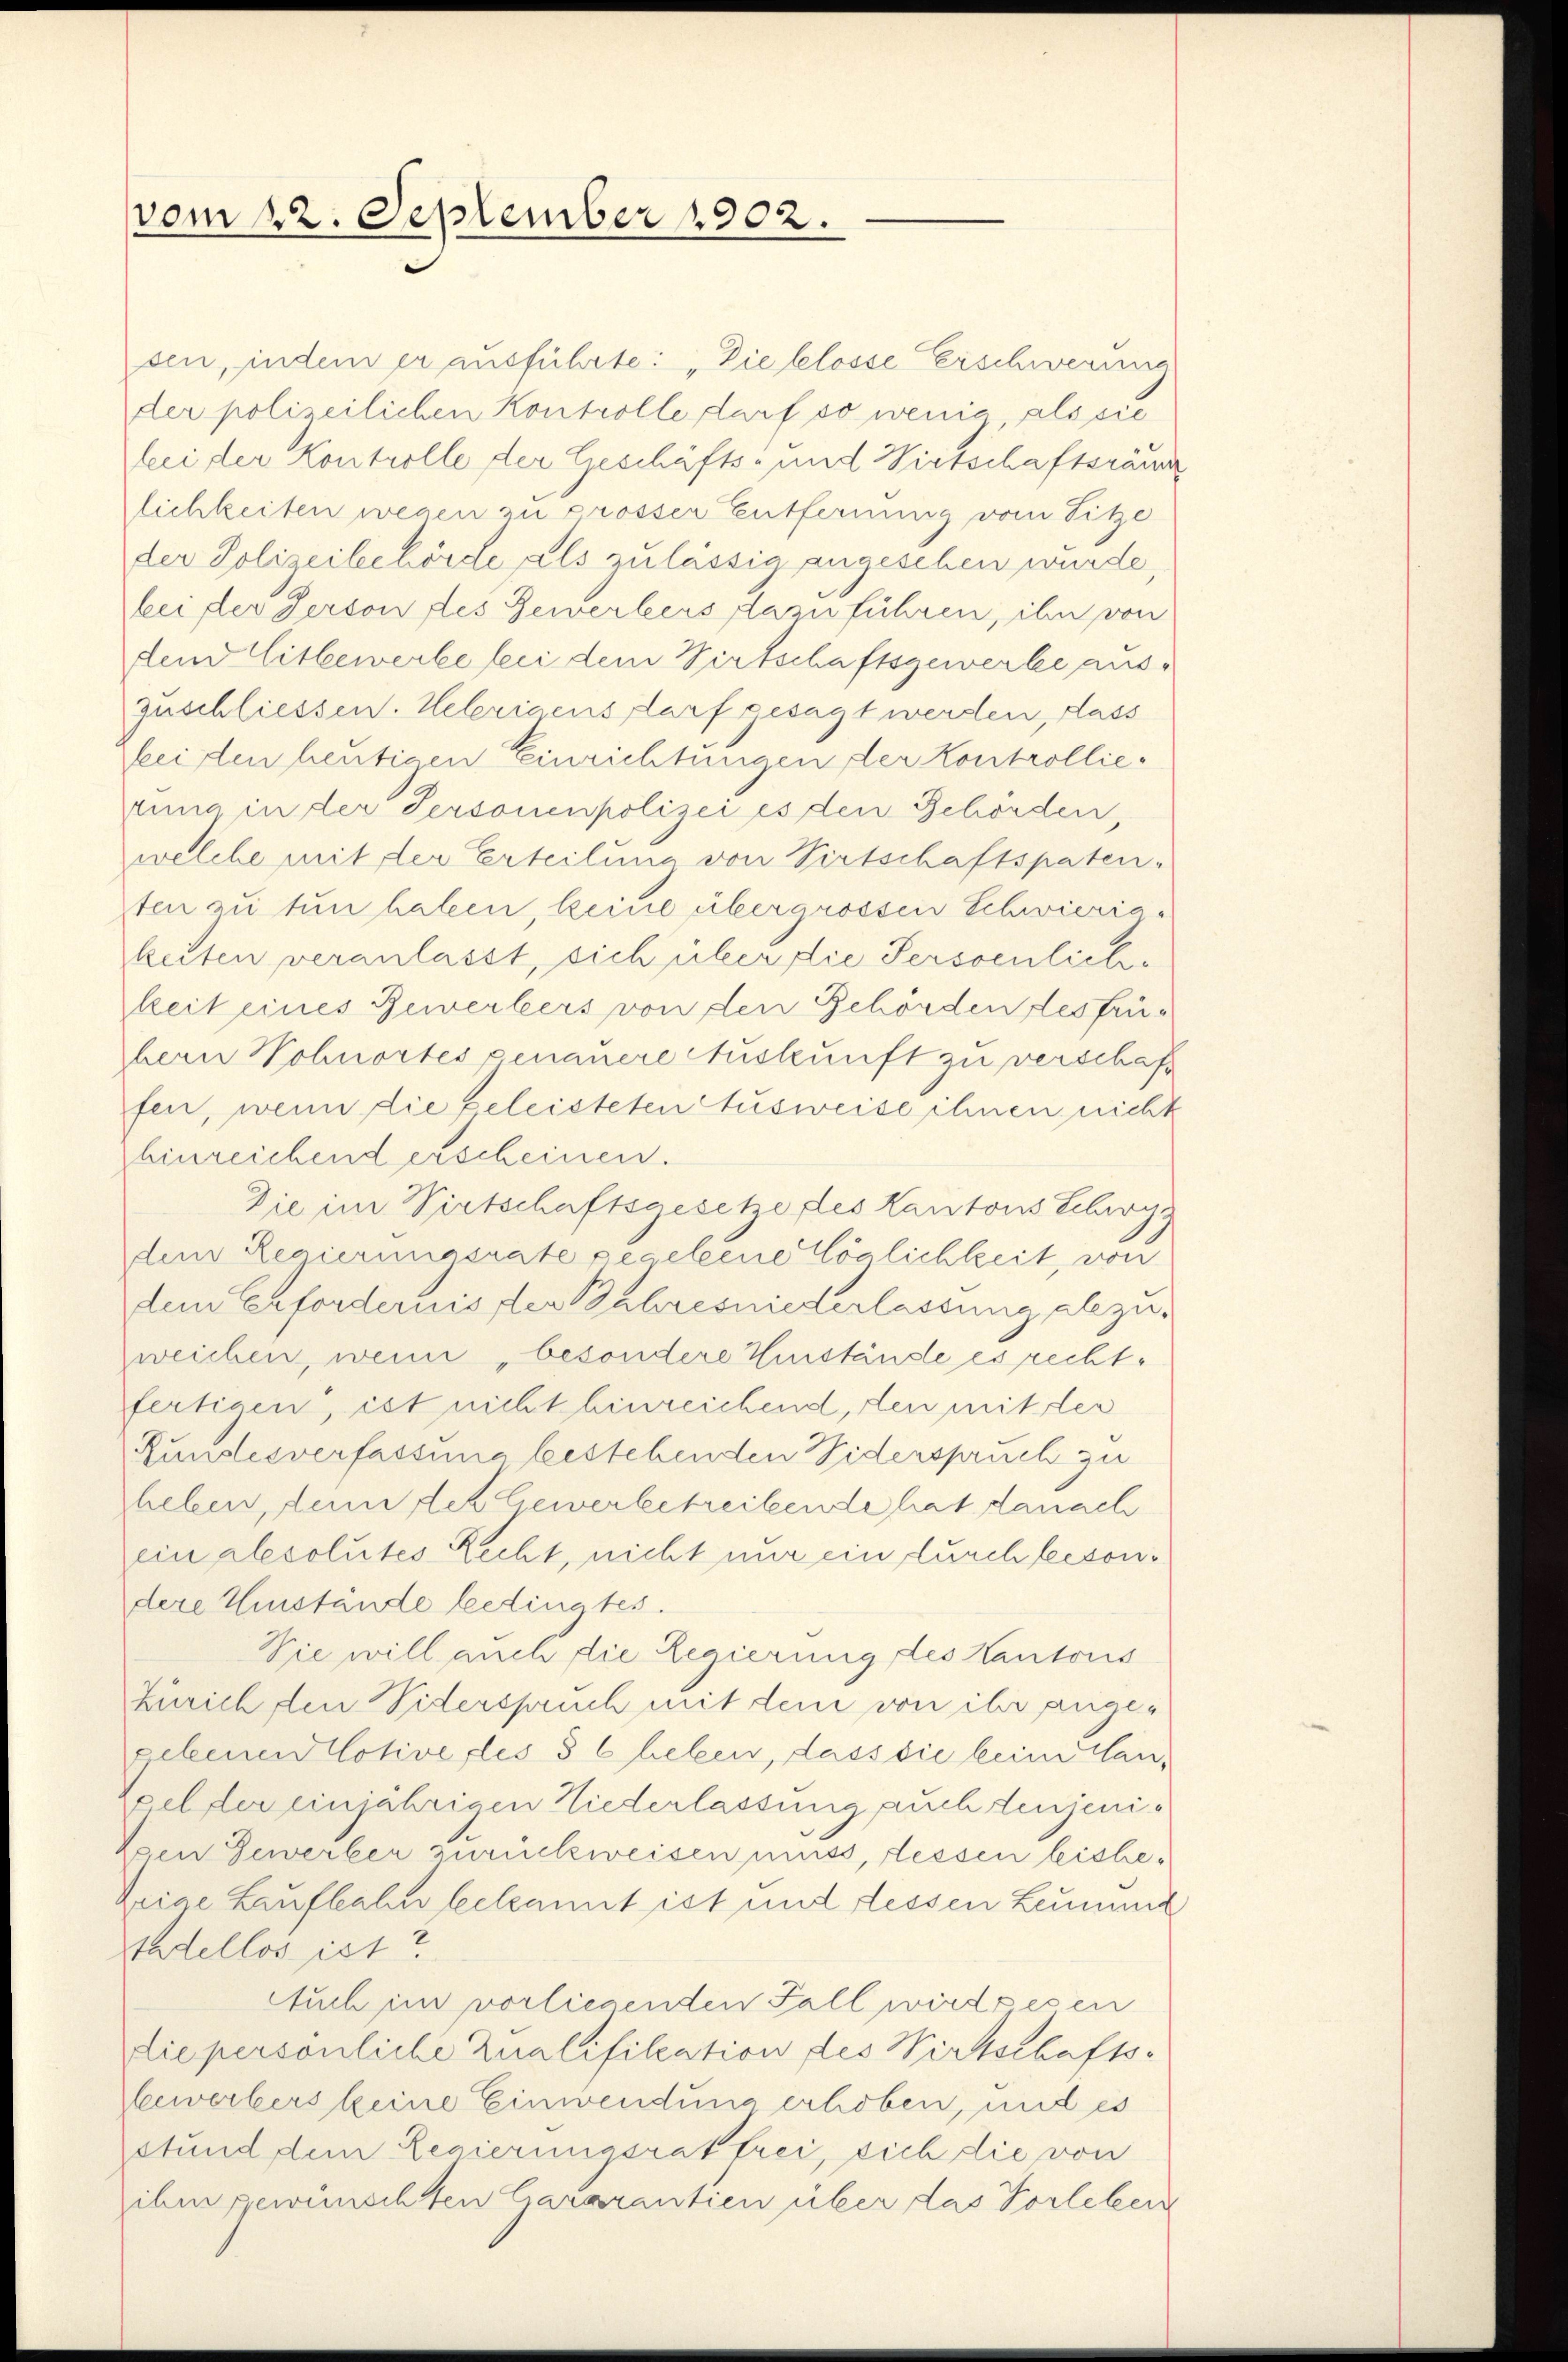
vom 22. September 1902.

sen, indem er ausführte: „Die blosse Erschwerung
der polizeilichen Kontrolle darf so wenig als sie
bei der Kontrolle der Geschäfts- und Wirtschaftsräum
lichkeiten wegen zu prosser Entfernung vom Pitze
der Polizeibehörde als zulässig angesehen wurde.
bei der Person des Gewerkers dazu führen, ihn von
den Eitbewerbe bei dem Wirtschaftsgewerbe auszuschliessen. Ueberigens darf gesagt werden, dass
leiden heutigen Einrichtungen der Kontrollierung in der Personenpolizei es den Gehörden,
welche mit der Erteilung von Pirtschaftspaten-
ten zu tun haben, keine übergrossen Schwieriakeiten veranlasst, sich über die Persoenliche
keit eines Bewerbers von den Behörden des frübern Sohnortes genauere Auskunft zu verschaft
fen, wenn die geleisteten Ausweise ihnen nicht
hinreichend erscheinen.
Die im Virtschaftsgesetze des Kantons Scharg
dem Regierungsrate gecelene Möglichkeit, von
dem Erfordernis der Bahresniederlassung abzuzweichen, wenn „besondere Einstände es rechtfertigen, ist nicht hinreichend, den mit der
Rundesverfassung bestehenden Widerspruch zu
heben, denn der Gewerbetreibende hat danach
ein alesolutes Recht, nicht nur ein durch besondere Zinstände bedingtes.
Sie will auch die Regierung des Kantons
Zürich den Widerspruch mit dem von ihr ange-
gebenen Cotive des § 6 heben, dass die beim lan¬
Epel der einjährigen Niederlassung auch denjeni¬
Den Gewerber zurückweisen muss, dessen bishe¬
Zeige Laufbahn bekannt ist und dessen Leummt
tadellos ist?
Auch im vorliegenden Fall wirdsesen
die persönliche Qualifikation des Wirtschafts¬
Gewerbers keine Einwendung erhoben, und es
stund dem Regierungsrat frei, sich die von
ihm gewünschten Cararantien über das Vorleben